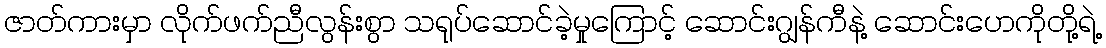
ဇာတ်ကားမှာ လိုက်ဖက်ညီလွန်းစွာ သရုပ်ဆောင်ခဲ့မှုကြောင့် ဆောင်းဂျွန်ကီနဲ့ ဆောင်းဟေကိုတို့ရဲ့